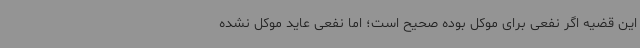
این قضیه اگر نفعی برای موکل بوده صحیح است؛ اما نفعی عاید موکل نشده